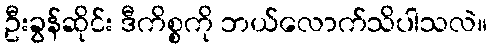
ဦးခွန်ဆိုင်း ဒီကိစ္စကို ဘယ်လောက်သိပါသလဲ။